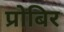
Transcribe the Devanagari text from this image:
प्रोबिर